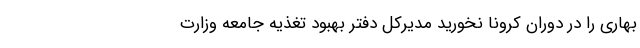
بهاری را در دوران کرونا نخورید مدیرکل دفتر بهبود تغذیه جامعه وزارت